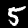
Digit: 5